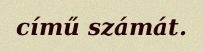
című számát.